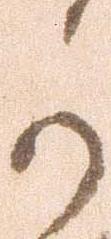
可